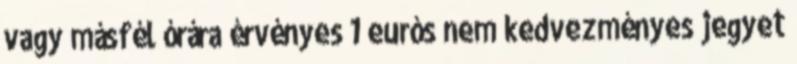
vagy másfél órára érvényes 1 eurós nem kedvezményes jegyet